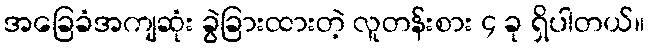
အခြေခံအကျဆုံး ခွဲခြားထားတဲ့ လူတန်းစား ၄ ခု ရှိပါတယ်။